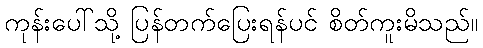
ကုန်းပေါ်သို့ ပြန်တက်ပြေးရန်ပင် စိတ်ကူးမိသည်။